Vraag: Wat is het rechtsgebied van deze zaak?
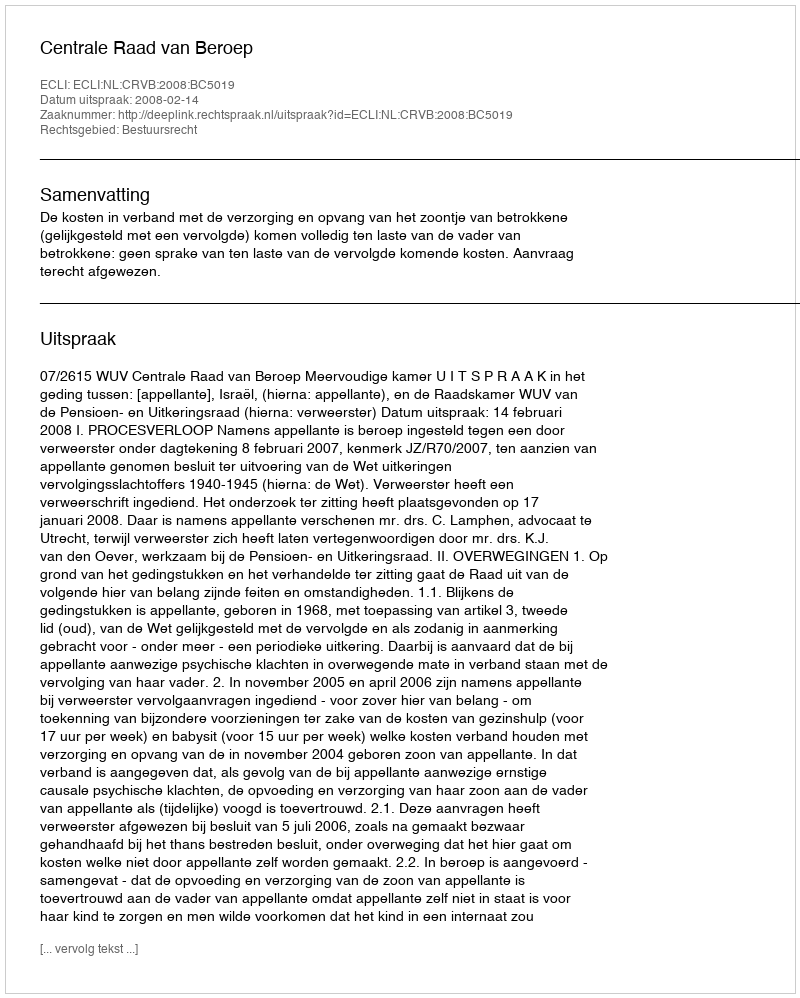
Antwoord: Bestuursrecht